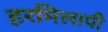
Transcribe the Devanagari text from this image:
हरमिलापी